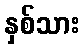
နှစ်သား